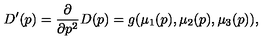
D ^ { \prime } ( p ) = { \frac { \partial } { \partial p ^ { 2 } } } D ( p ) = g ( \mu _ { 1 } ( p ) , \mu _ { 2 } ( p ) , \mu _ { 3 } ( p ) ) ,